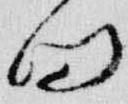
向